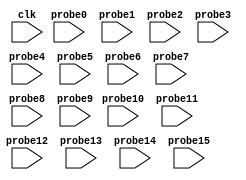
module bd_c3fe_ila_lib_0 (
clk,


probe0,
probe1,
probe2,
probe3,
probe4,
probe5,
probe6,
probe7,
probe8,
probe9,
probe10,
probe11,
probe12,
probe13,
probe14,
probe15
);

input clk;


input [1 : 0] probe0;
input [8 : 0] probe1;
input [1 : 0] probe2;
input [8 : 0] probe3;
input [1 : 0] probe4;
input [1 : 0] probe5;
input [1 : 0] probe6;
input [31 : 0] probe7;
input [1 : 0] probe8;
input [31 : 0] probe9;
input [3 : 0] probe10;
input [1 : 0] probe11;
input [1 : 0] probe12;
input [1 : 0] probe13;
input [1 : 0] probe14;
input [1 : 0] probe15;


endmodule